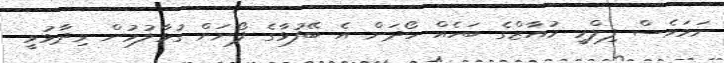
ނަމަވެސް ފިލްމީ މުއާޒްގެ ބަހެއް ހޯދަން އެ ބޭފުޅާގެ ފޯނަށް ގުޅާލުމުން ވިދާޅުވީ